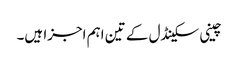
چینی سکینڈل کے تین اہم اجزا ہیں۔